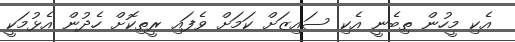
އެކި މީހުން ތިބެނީ އެކި ސައިޒަށް ކަމަށް ވެފައި ރީތިކޮށް ހެދުން އެޅުމަކީ